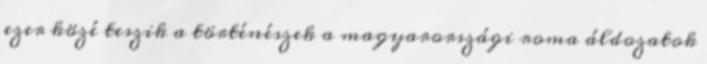
ezer közé teszik a történészek a magyarországi roma áldozatok